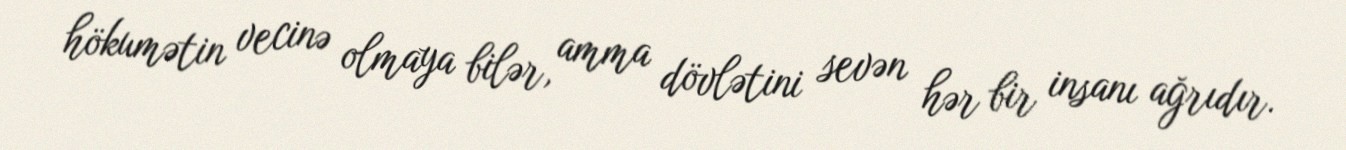
hökumətin vecinə olmaya bilər, amma dövlətini sevən hər bir insanı ağrıdır.